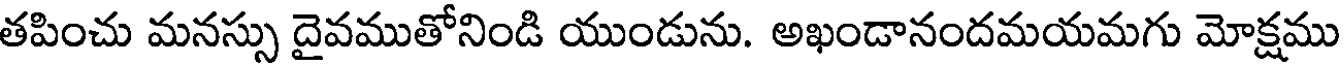
తపించు మనస్సు దైవముతోనిండి యుండును. అఖండానందమయమగు మోక్షము